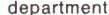
department